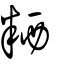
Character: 粞